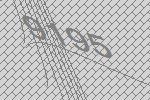
9195